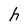
Character: h